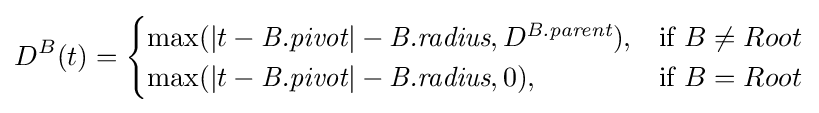
D^{B}(t)={\begin{cases}\max(|t-{\textit {B.pivot}}|-{\textit {B.radius}},D^{\textit {B.parent}}),&{\text{if }}B\neq Root\\\max(|t-{\textit {B.pivot}}|-{\textit {B.radius}},0),&{\text{if }}B=Root\\\end{cases}}